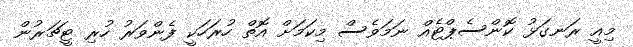
މިއީ ރަނގަޅު ކޮންސެޕްޓެއް ނަމަވެސް މިކަމަށް އޮތް ހުރަހަކީ ފެންވަރު ހުރި ޓީޗަރުން